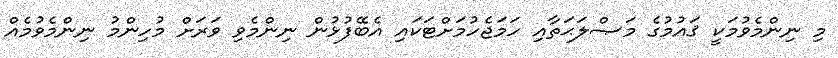
މި ނިންމެވުމަކީ ޤައުމުގެ މަޞްލަޙަތާއި ހަމަޖެހުމަށްޓަކައި އެބޭފުޅުން ނިންމެވި ވަރަށް މުހިންމު ނިންމެވުމެއް